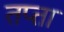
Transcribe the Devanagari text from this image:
तप्तां